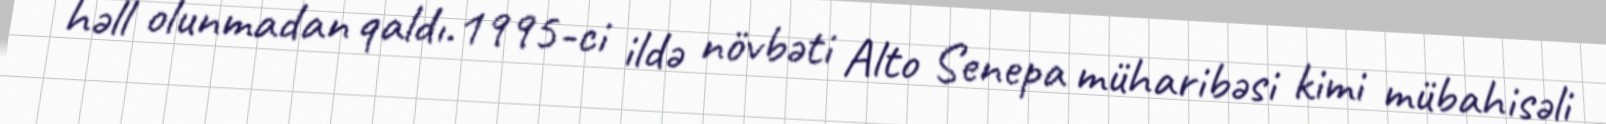
həll olunmadan qaldı.1995-ci ildə növbəti Alto Senepa müharibəsi kimi mübahisəli